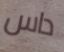
داس